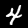
Label: 4